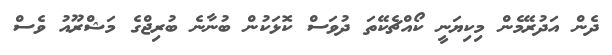
ދެން އަދުރޭމެން މިކިޔަނީ ކޯއްޗެކޭތަ ދުވަސް ކޮޅަކުން ބުނާނެ ބުރިޖްގެ މަޝްރޫއު ވެސް